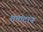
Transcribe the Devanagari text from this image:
शमादान